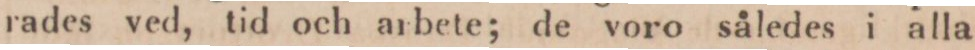
rades ved, tid och arbete; de voro således i alla